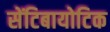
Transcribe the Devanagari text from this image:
सेंटिबायोटिक